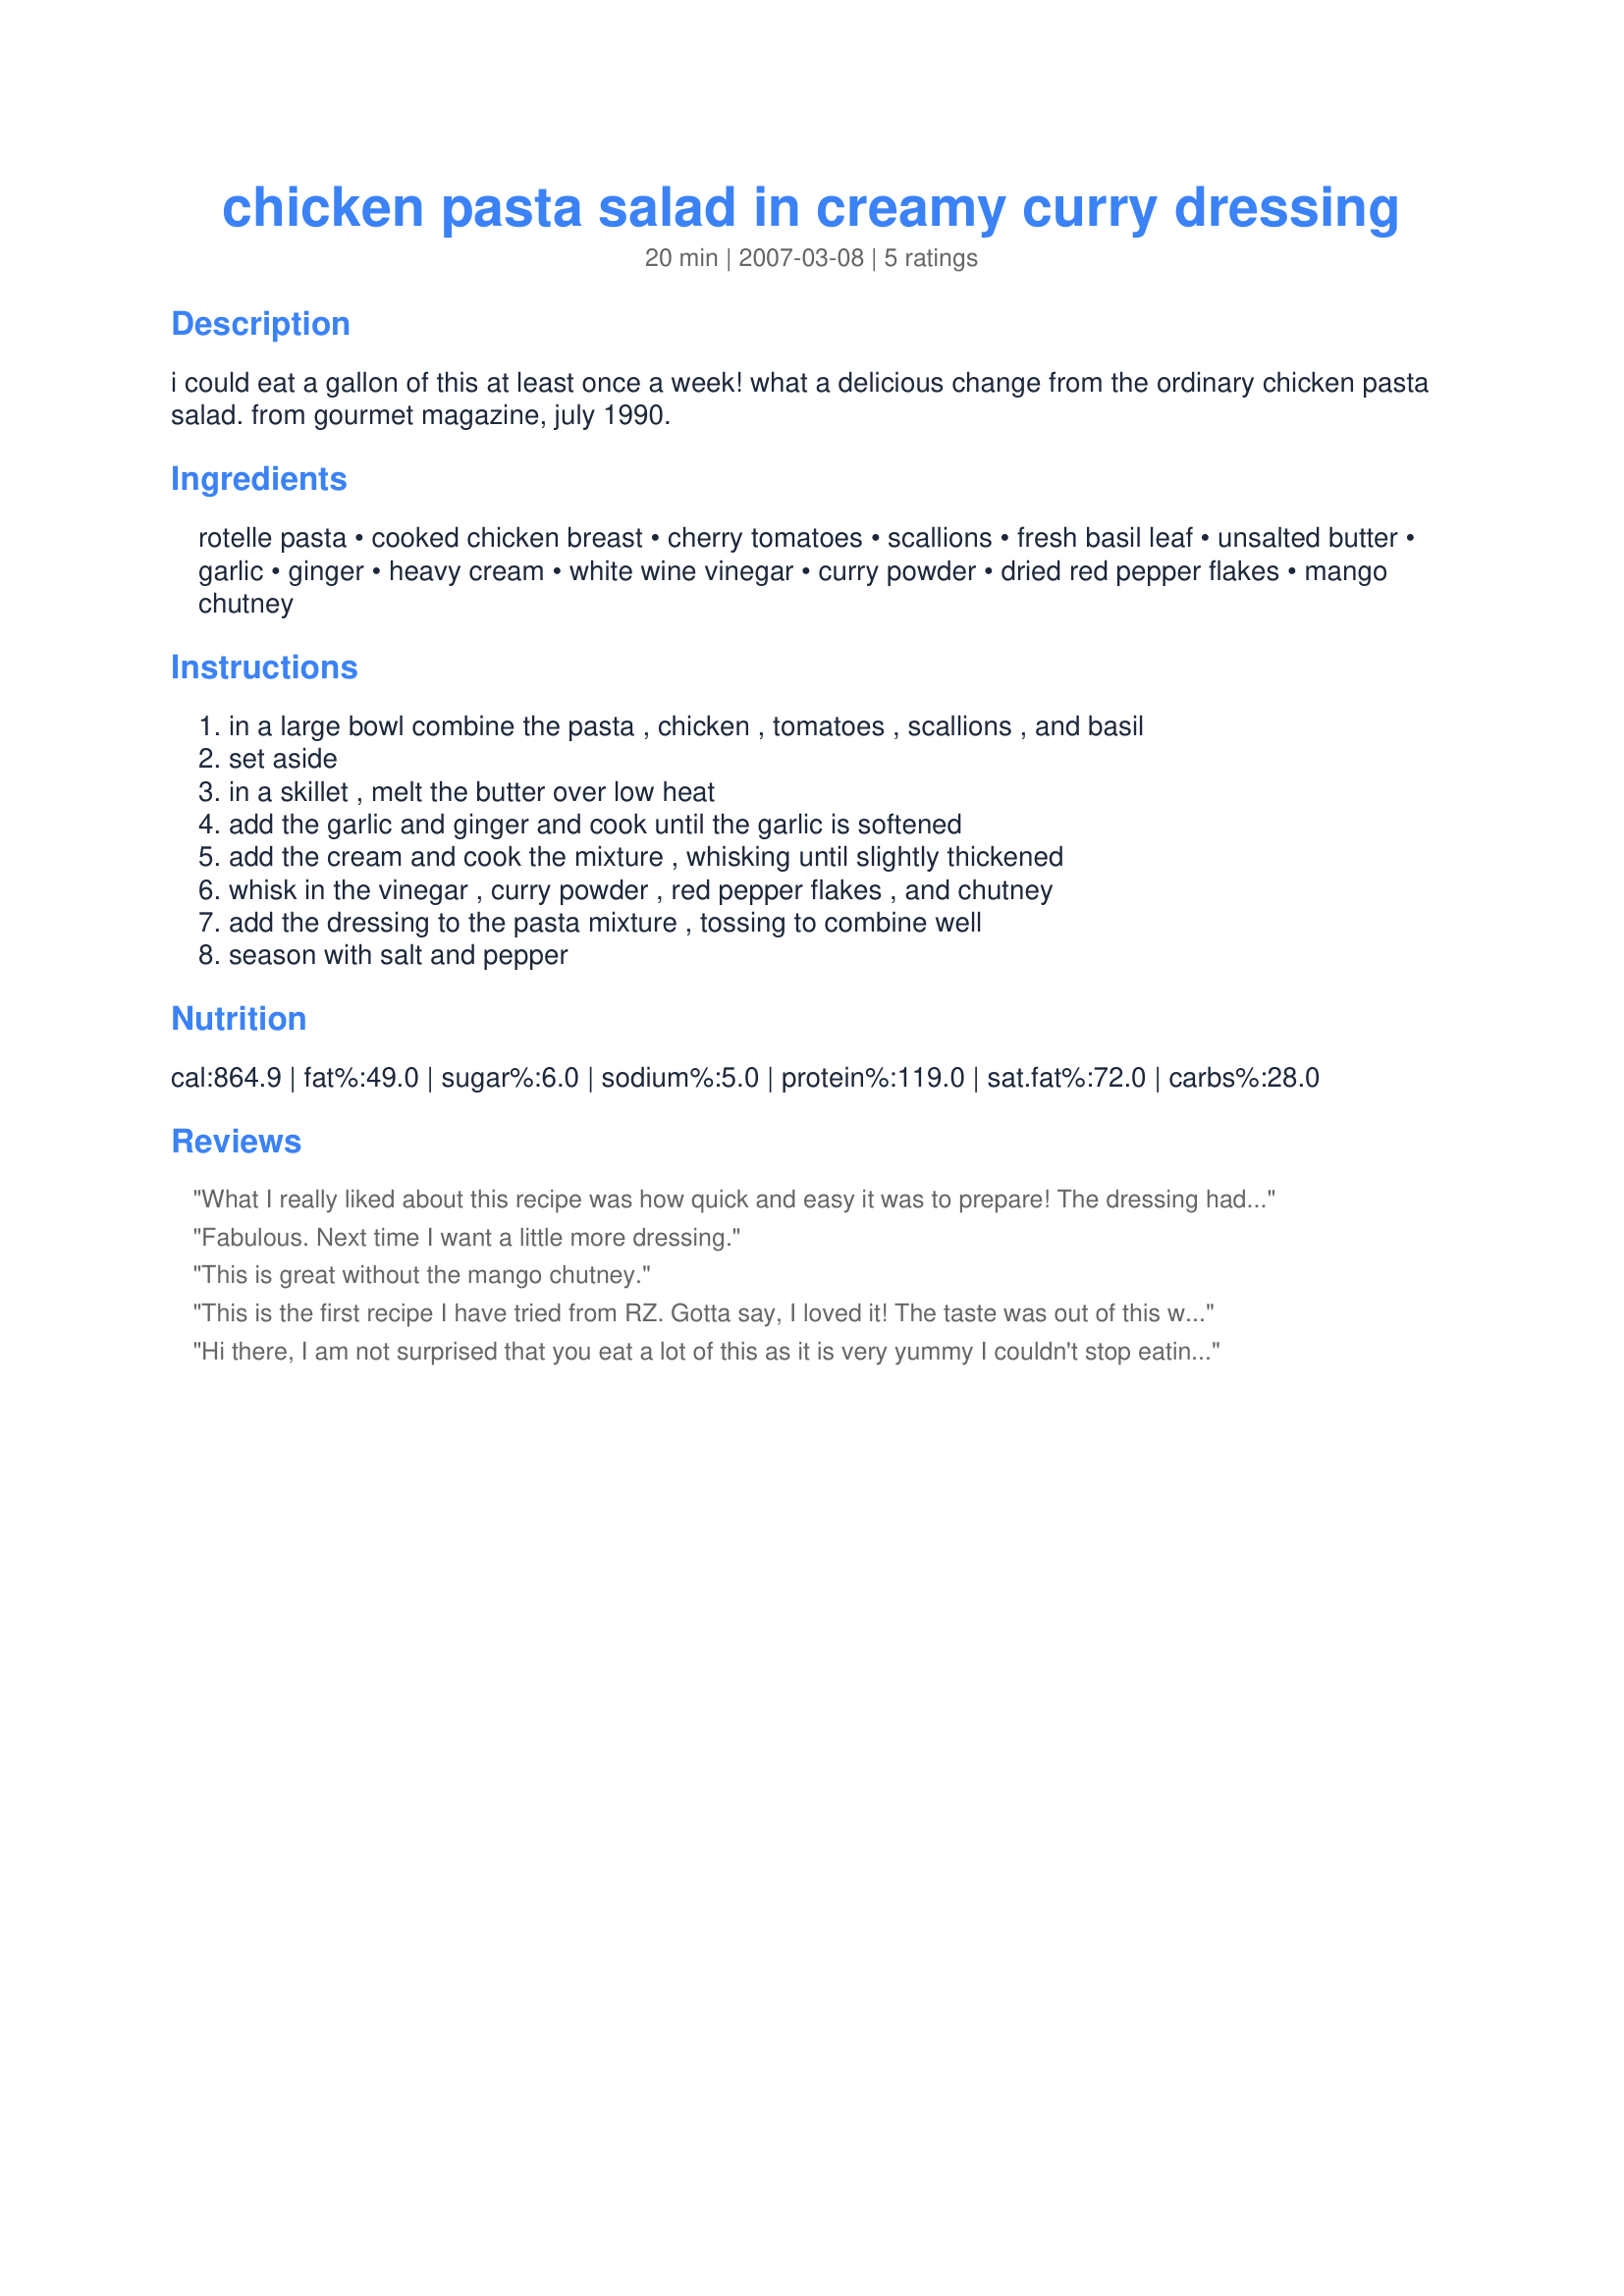
chicken pasta salad in creamy curry dressing
Preparation time: 20 minutes

i could eat a gallon of this at least once a week! what a delicious change from the ordinary chicken pasta salad. from gourmet magazine, july 1990.

Ingredients:
rotelle pasta, cooked chicken breast, cherry tomatoes, scallions, fresh basil leaf, unsalted butter, garlic, ginger, heavy cream, white wine vinegar, curry powder, dried red pepper flakes, mango chutney

Steps:
in a large bowl combine the pasta , chicken , tomatoes , scallions , and basil, set aside, in a skillet , melt the butter over low heat, add the garlic and ginger and cook until the garlic is softened, add the cream and cook the mixture , whisking until slightly thickened, whisk in the vinegar , curry powder , red pepper flakes , and chutney, add the dressing to the pasta mixture , tossing to combine well, season with salt and pepper

Reviews:
What I really liked about this recipe was how quick and easy it was to prepare! The dressing had a nice taste to it, and the salad was actually quite filling. The only changes I made: I used light cream instead of full fat, and we sprinkled parmesan cheese on top.
Fabulous. Next time I want a little more dressing.
This is great without the mango chutney.
This is the first recipe I have tried from RZ. Gotta say, I loved it! The taste was out of this world. Will surely make again, thanks!
Hi there, I am not surprised that you eat a lot of this as it is very yummy I couldn't stop eating it. I followed the recipe but I would of loved a lot more of that wonderful sauce, I do like a lot of sauce when I have something like this. the balance of the flavours was spot on very very good. The change from ordinary chicken pasta is that this actually has a lovely taste, sometimes pasta salad is so bland, this was most definitely not bland. well done, it's a wonderful recipe and I know it will become one of my regulars. Made for PAC Spring 2010
